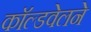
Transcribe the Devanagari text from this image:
काॅल्डवेलने